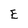
Character: E